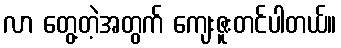
လာ တွေ့တဲ့အတွက် ကျေးဇူးတင်ပါတယ်။